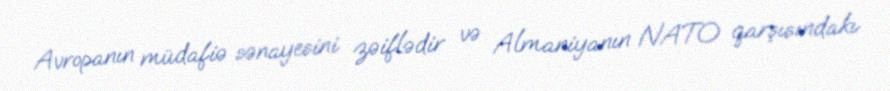
Avropanın müdafiə sənayesini zəiflədir və Almaniyanın NATO qarşısındakı